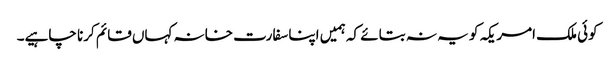
کوئی ملک امریکہ کو یہ نہ بتائے کہ ہمیں اپنا سفارت خانہ کہاں قائم کرنا چاہیے۔